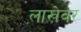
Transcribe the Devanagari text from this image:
लाखेवर